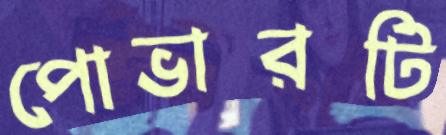
পোভারটি